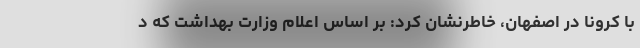
با کرونا در اصفهان، خاطرنشان کرد: بر اساس اعلام وزارت بهداشت که د